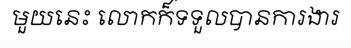
មួយនេះ លោកក៏ទទួលបានការងារ